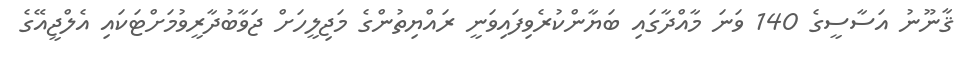
ޤާނޫނު އަސާސީގެ 140 ވަނަ މާއްދާގައި ބަޔާންކުރެވިފައިވަނީ ރައްޔިތުންގެ މަޖިލީހަށް ޖަވާބުދާރީވުމަށްޓަކައި އެލްޖީއޭގެ